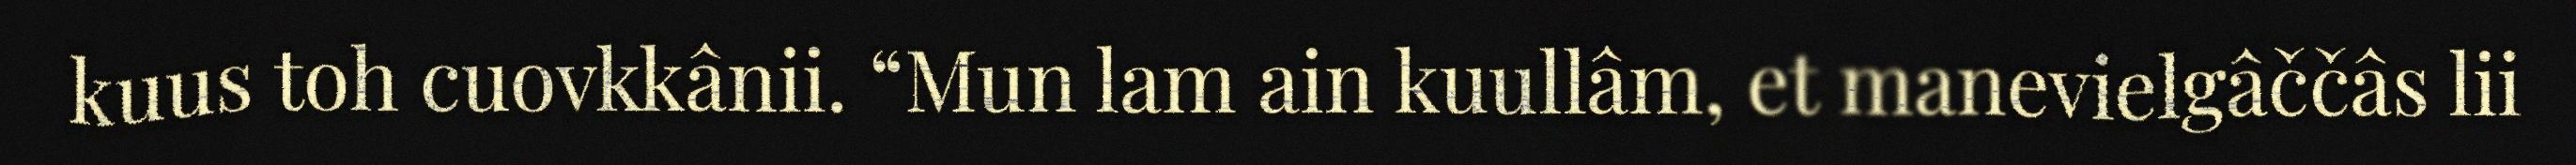
kuus toh cuovkkânii. “Mun lam ain kuullâm, et manevielgâččâs lii